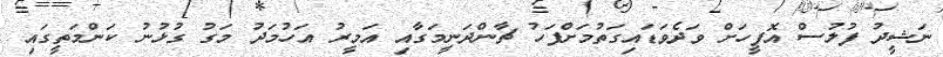
ނަޝީދު ފުލުސް އޮފީހަށް ވަދެވަޑައިގަތުމަށްފަހު ޗާންދަނީމަގާއި އަމީރު އަހުމަދު މަގު ގުޅުނު ކަންމަތީގައި